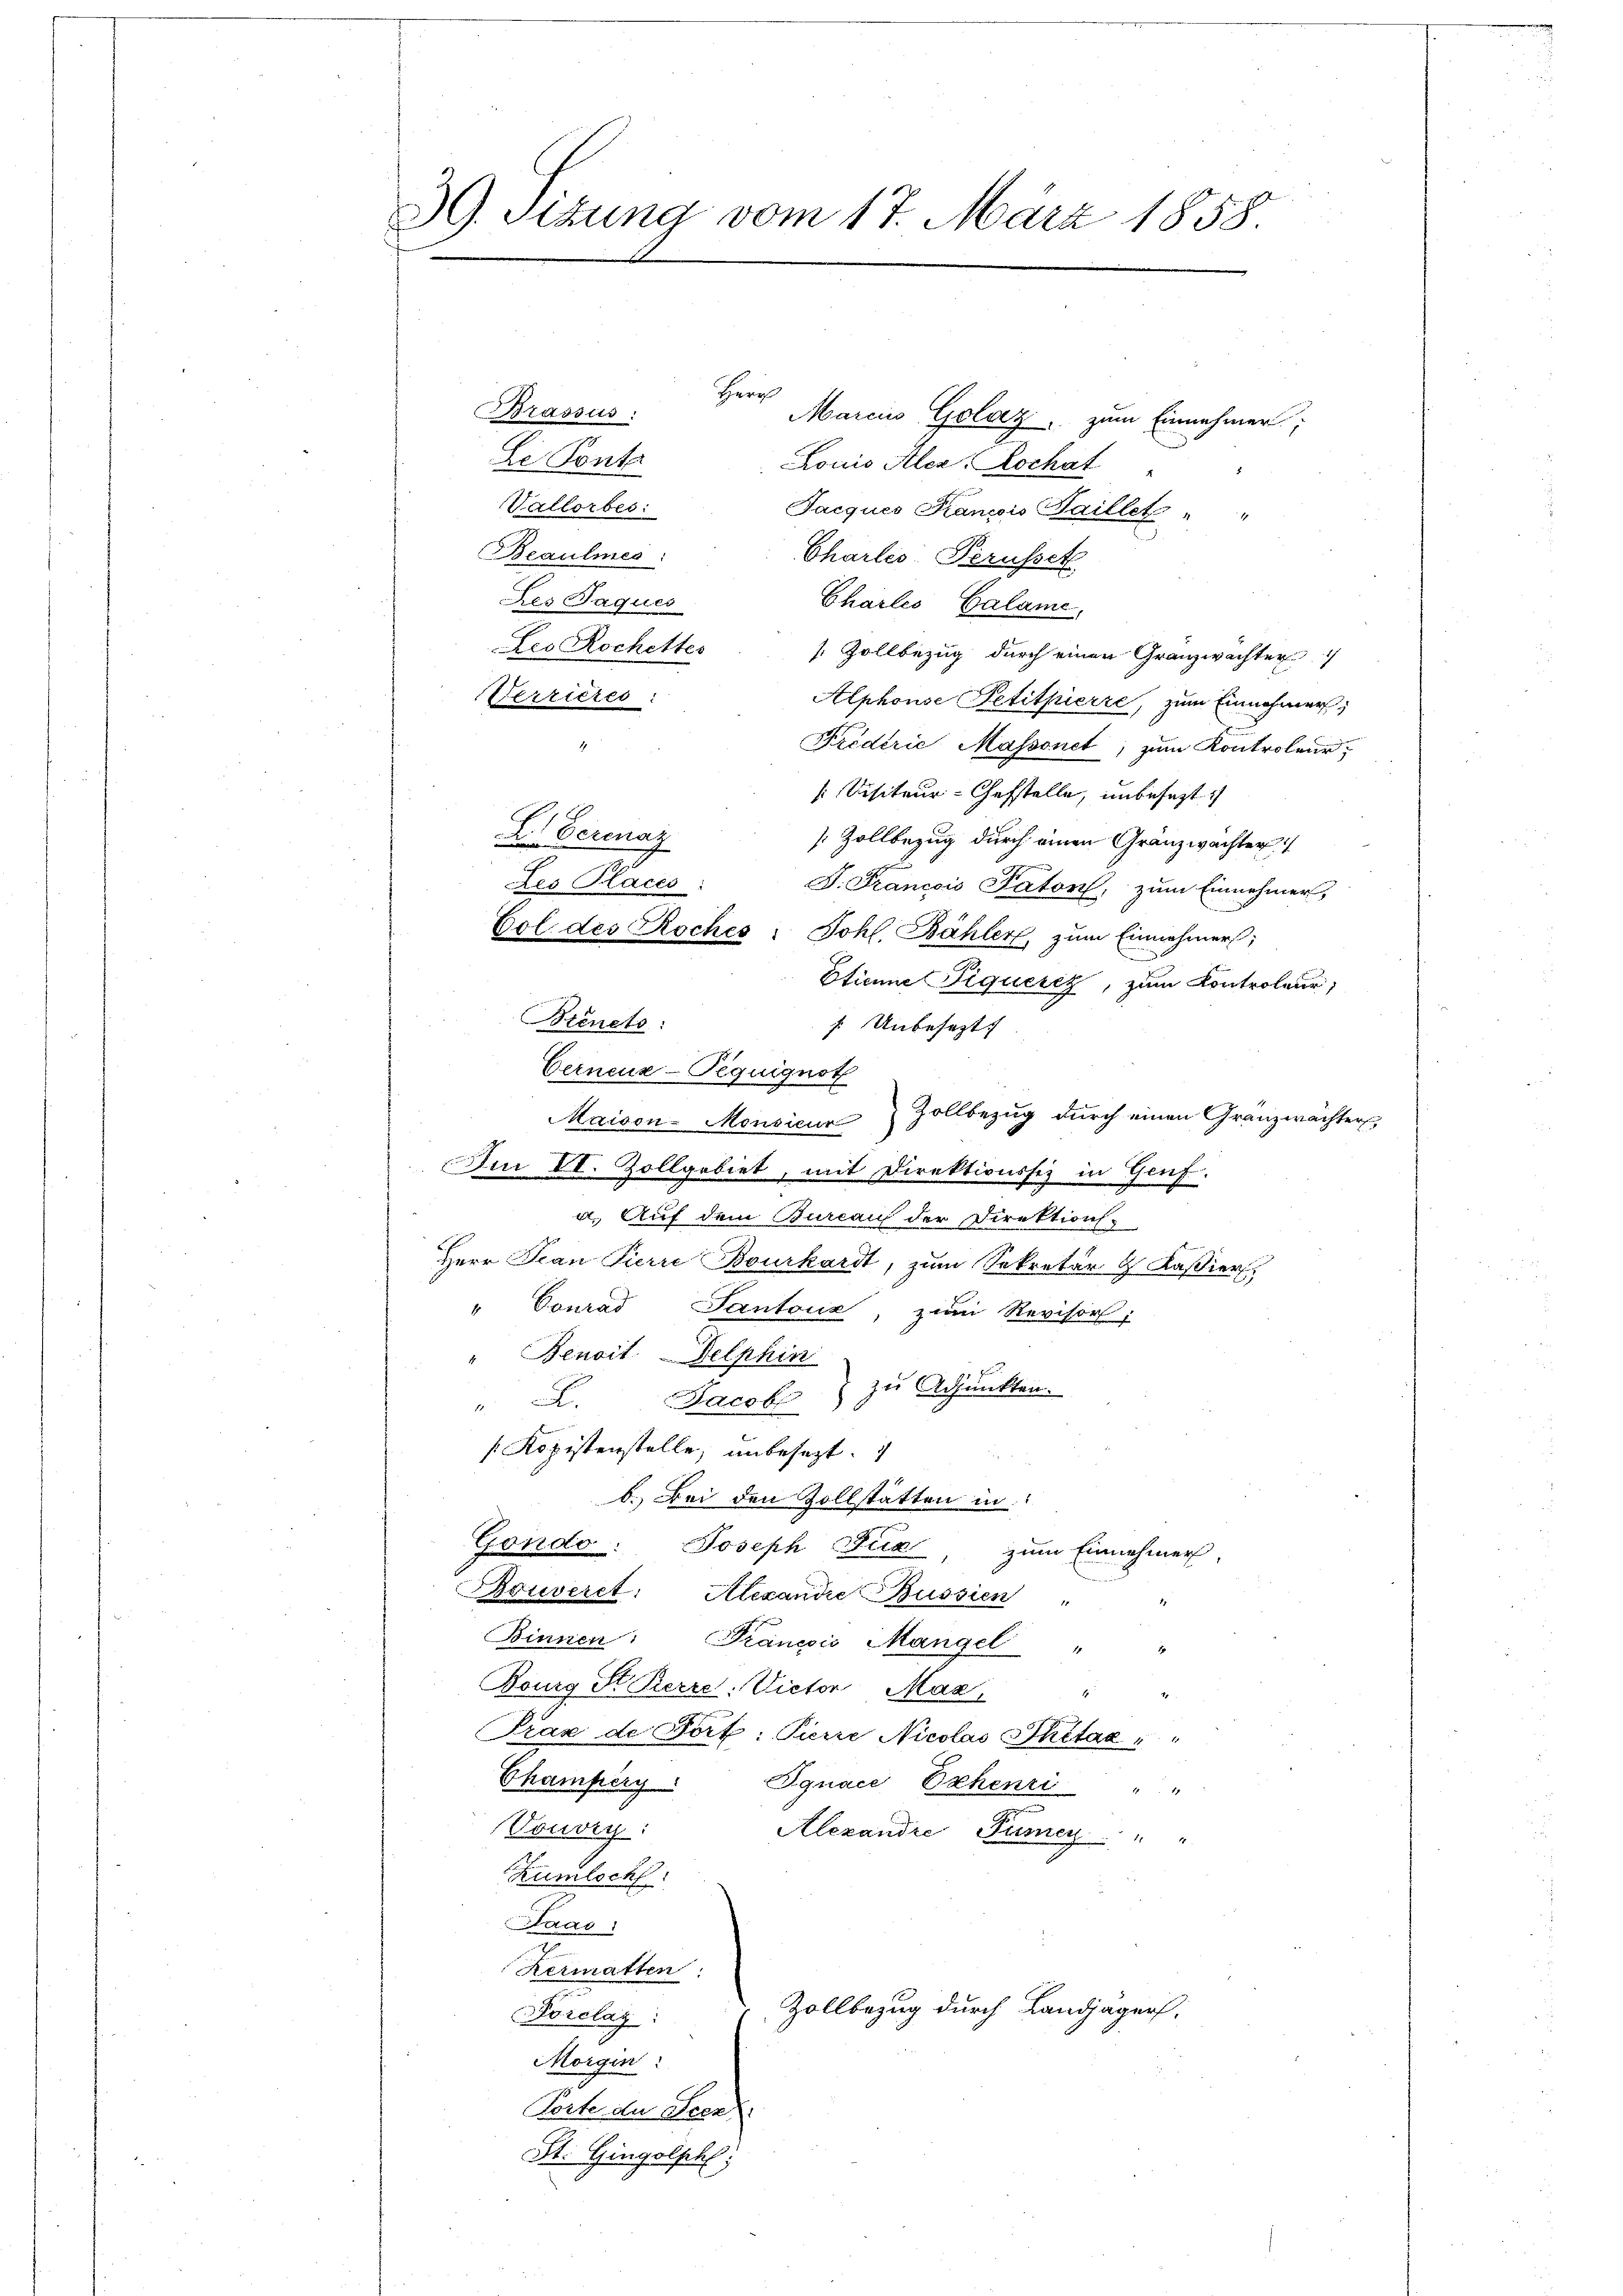
39. Sitzung vom 17. März 1858.

Herr
Marcus Golaz, zum Einnehmer;
Le Ponte
Louis Aler, Hochat
Vallorbes:
Jacques Kancois Saillet " "
Beaulmes
Charlis Perusset
Charlis, Calame,
Zollbezug durch einen Granzwachter
Sterzieres:
Alphonse Petitpierre, zum Einnahmer;
Friderie Massonet; zum Kontroleur,
1
Visiteur-Chefstelle, unbesezt
L Eerenay
Zollbezug durch einen Gränzwachter
Les Places:
J. Francois Pators, zum Einnehmer,
Col des Roches: Johl. Bähler, zum Einnehmer;
Etienne Piquesiz, zum Kontroleur,
Bieneto:
 Unbesezt
Cerneue-Pequignoth
Maison-Monsieur  Zollbezŭg dŭrch einen Gränzwachter
Iu VI. Zollgebiet, mit Direktionssiz in Genf.
a. Auf dem Burcan der Direktion
Herr Jean Pierre Bourkardt, zum Sekretär H Kaßier
" Conrad Tantone, zum Revisors;
"Benoit-Delphin
A. Jacob zu Adjunkten.
Kopistenstelle, unbesezt.
b. Bei den Zollstatten in
Gondo: Joseph Fia zum Einnehmer
Bauveret. Alexandie Bussien
Binnen Kanton Mangel "
Bourg St. Kerze: Victor Max "
Prax de Dorf: Pierre Nicolas Thitae
Thampery
Jgnace Erhenzi " "
Vouvry:
Alexandre Punrey    "  "
Rumlich
Saac
Hermatten
Zollbezug durch Landjäger,
Porclag:
Morgin:
Torte der Peez
St. Gingolph,

Brassus:

des Paquer
eo Rochettes